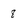
Character: 8